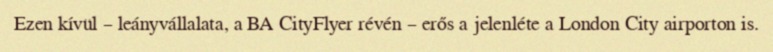
Ezen kívül – leányvállalata, a BA CityFlyer révén – erős a jelenléte a London City airporton is.